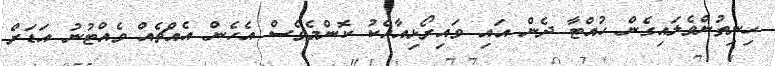
ހިނިތުންވެލައިގެން ހުއްޓާ ދެން އައި ވައިރޯޅިއާއެކު ކޮންމެވެސް އެހެން އެއްޗެއް ވެއްޓުނު އަޑަށް